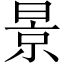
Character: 景